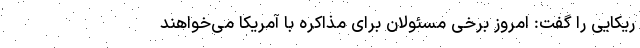
ریکایی را گفت: امروز برخی مسئولان برای مذاکره با آمریکا می‌خواهند